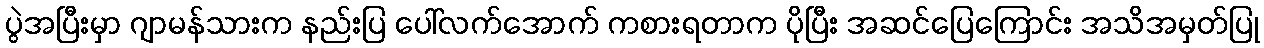
ပွဲအပြီးမှာ ဂျာမန်သားက နည်းပြ ပေါ်လက်အောက် ကစားရတာက ပိုပြီး အဆင်ပြေကြောင်း အသိအမှတ်ပြု